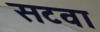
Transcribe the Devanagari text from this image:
सटवा